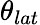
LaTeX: \theta_{lat}